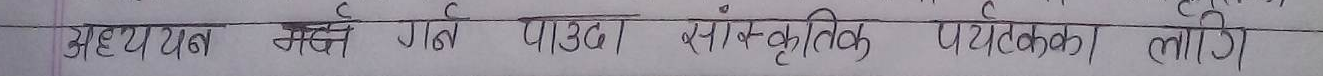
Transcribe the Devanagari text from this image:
अध्ययन संग गल्ती पाउँदा साँस्कृतिक पर्यटकका लागि